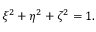
\xi ^ { 2 } + \eta ^ { 2 } + \zeta ^ { 2 } = 1 .